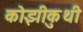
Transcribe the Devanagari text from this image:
कोझीकुथी